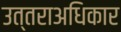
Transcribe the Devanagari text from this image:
उत्तराअधिकार